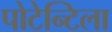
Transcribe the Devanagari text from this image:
पोटेन्टिला